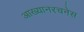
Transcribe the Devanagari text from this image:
आख्यानरचनेस